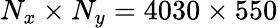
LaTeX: N_{x}\times N_{y}=4030\times 550